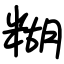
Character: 糊